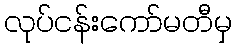
လုပ်ငန်းကော်မတီမှ